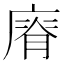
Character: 𢊌